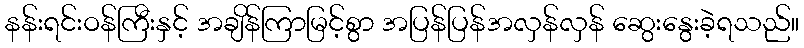
နန်းရင်းဝန်ကြီးနှင့် အချိန်ကြာမြင့်စွာ အပြန်ပြန်အလှန်လှန် ဆွေးနွေးခဲ့ရသည်။